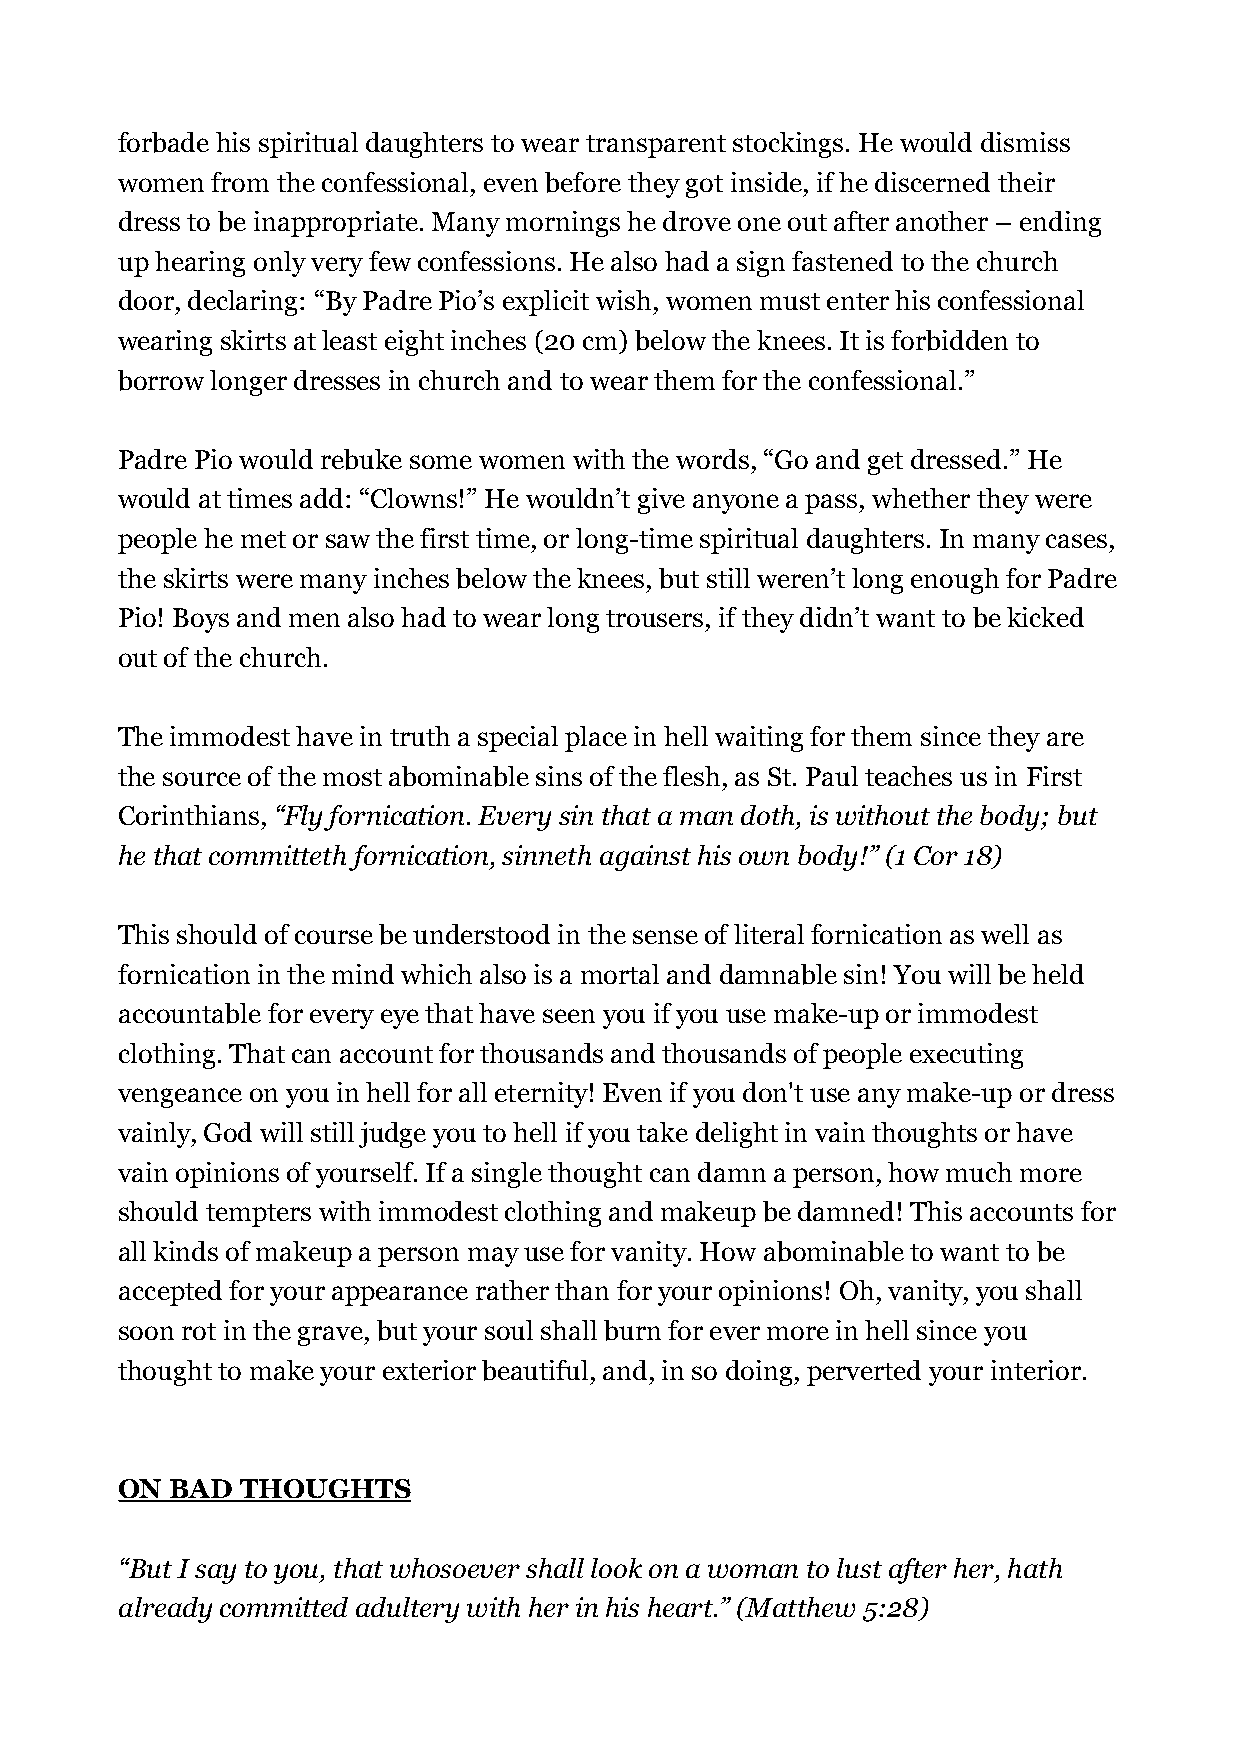
forbade his spiritual daughters to wear transparent stockings. He would dismiss
 women from the confessional, even before they got inside, if he discerned their
 dress to be inappropriate. Many mornings he drove one out after another – ending
 up hearing only very few confessions. He also had a sign fastened to the church
 door, declaring: “By Padre Pio’s explicit wish, women must enter his confessional
 wearing skirts at least eight inches (20 cm) below the knees. It is forbidden to
 borrow longer dresses in church and to wear them for the confessional.”
 Padre Pio would rebuke some women with the words, “Go and get dressed.” He
 would at times add: “Clowns!” He wouldn’t give anyone a pass, whether they were
 people he met or saw the first time, or long-time spiritual daughters. In many cases,
 the skirts were many inches below the knees, but still weren’t long enough for Padre
 Pio! Boys and men also had to wear long trousers, if they didn’t want to be kicked
 out of the church.
 The immodest have in truth a special place in hell waiting for them since they are
 the source of the most abominable sins of the flesh, as St. Paul teaches us in First
 Corinthians, “Fly fornication. Every sin that a man doth, is without the body; but
 he that committeth fornication, sinneth against his own body!” (1 Cor 18)
 This should of course be understood in the sense of literal fornication as well as
 fornication in the mind which also is a mortal and damnable sin! You will be held
 accountable for every eye that have seen you if you use make-up or immodest
 clothing. That can account for thousands and thousands of people executing
 vengeance on you in hell for all eternity! Even if you don't use any make-up or dress
 vainly, God will still judge you to hell if you take delight in vain thoughts or have
 vain opinions of yourself. If a single thought can damn a person, how much more
 should tempters with immodest clothing and makeup be damned! This accounts for
 all kinds of makeup a person may use for vanity. How abominable to want to be
 accepted for your appearance rather than for your opinions! Oh, vanity, you shall
 soon rot in the grave, but your soul shall burn for ever more in hell since you
 thought to make your exterior beautiful, and, in so doing, perverted your interior.
 ON BAD  THOUGHTS
 “But I say to you, that whosoever shall look on a woman to lust after her, hath
 already committed adultery with her in his heart.” (Matthew 5:28)